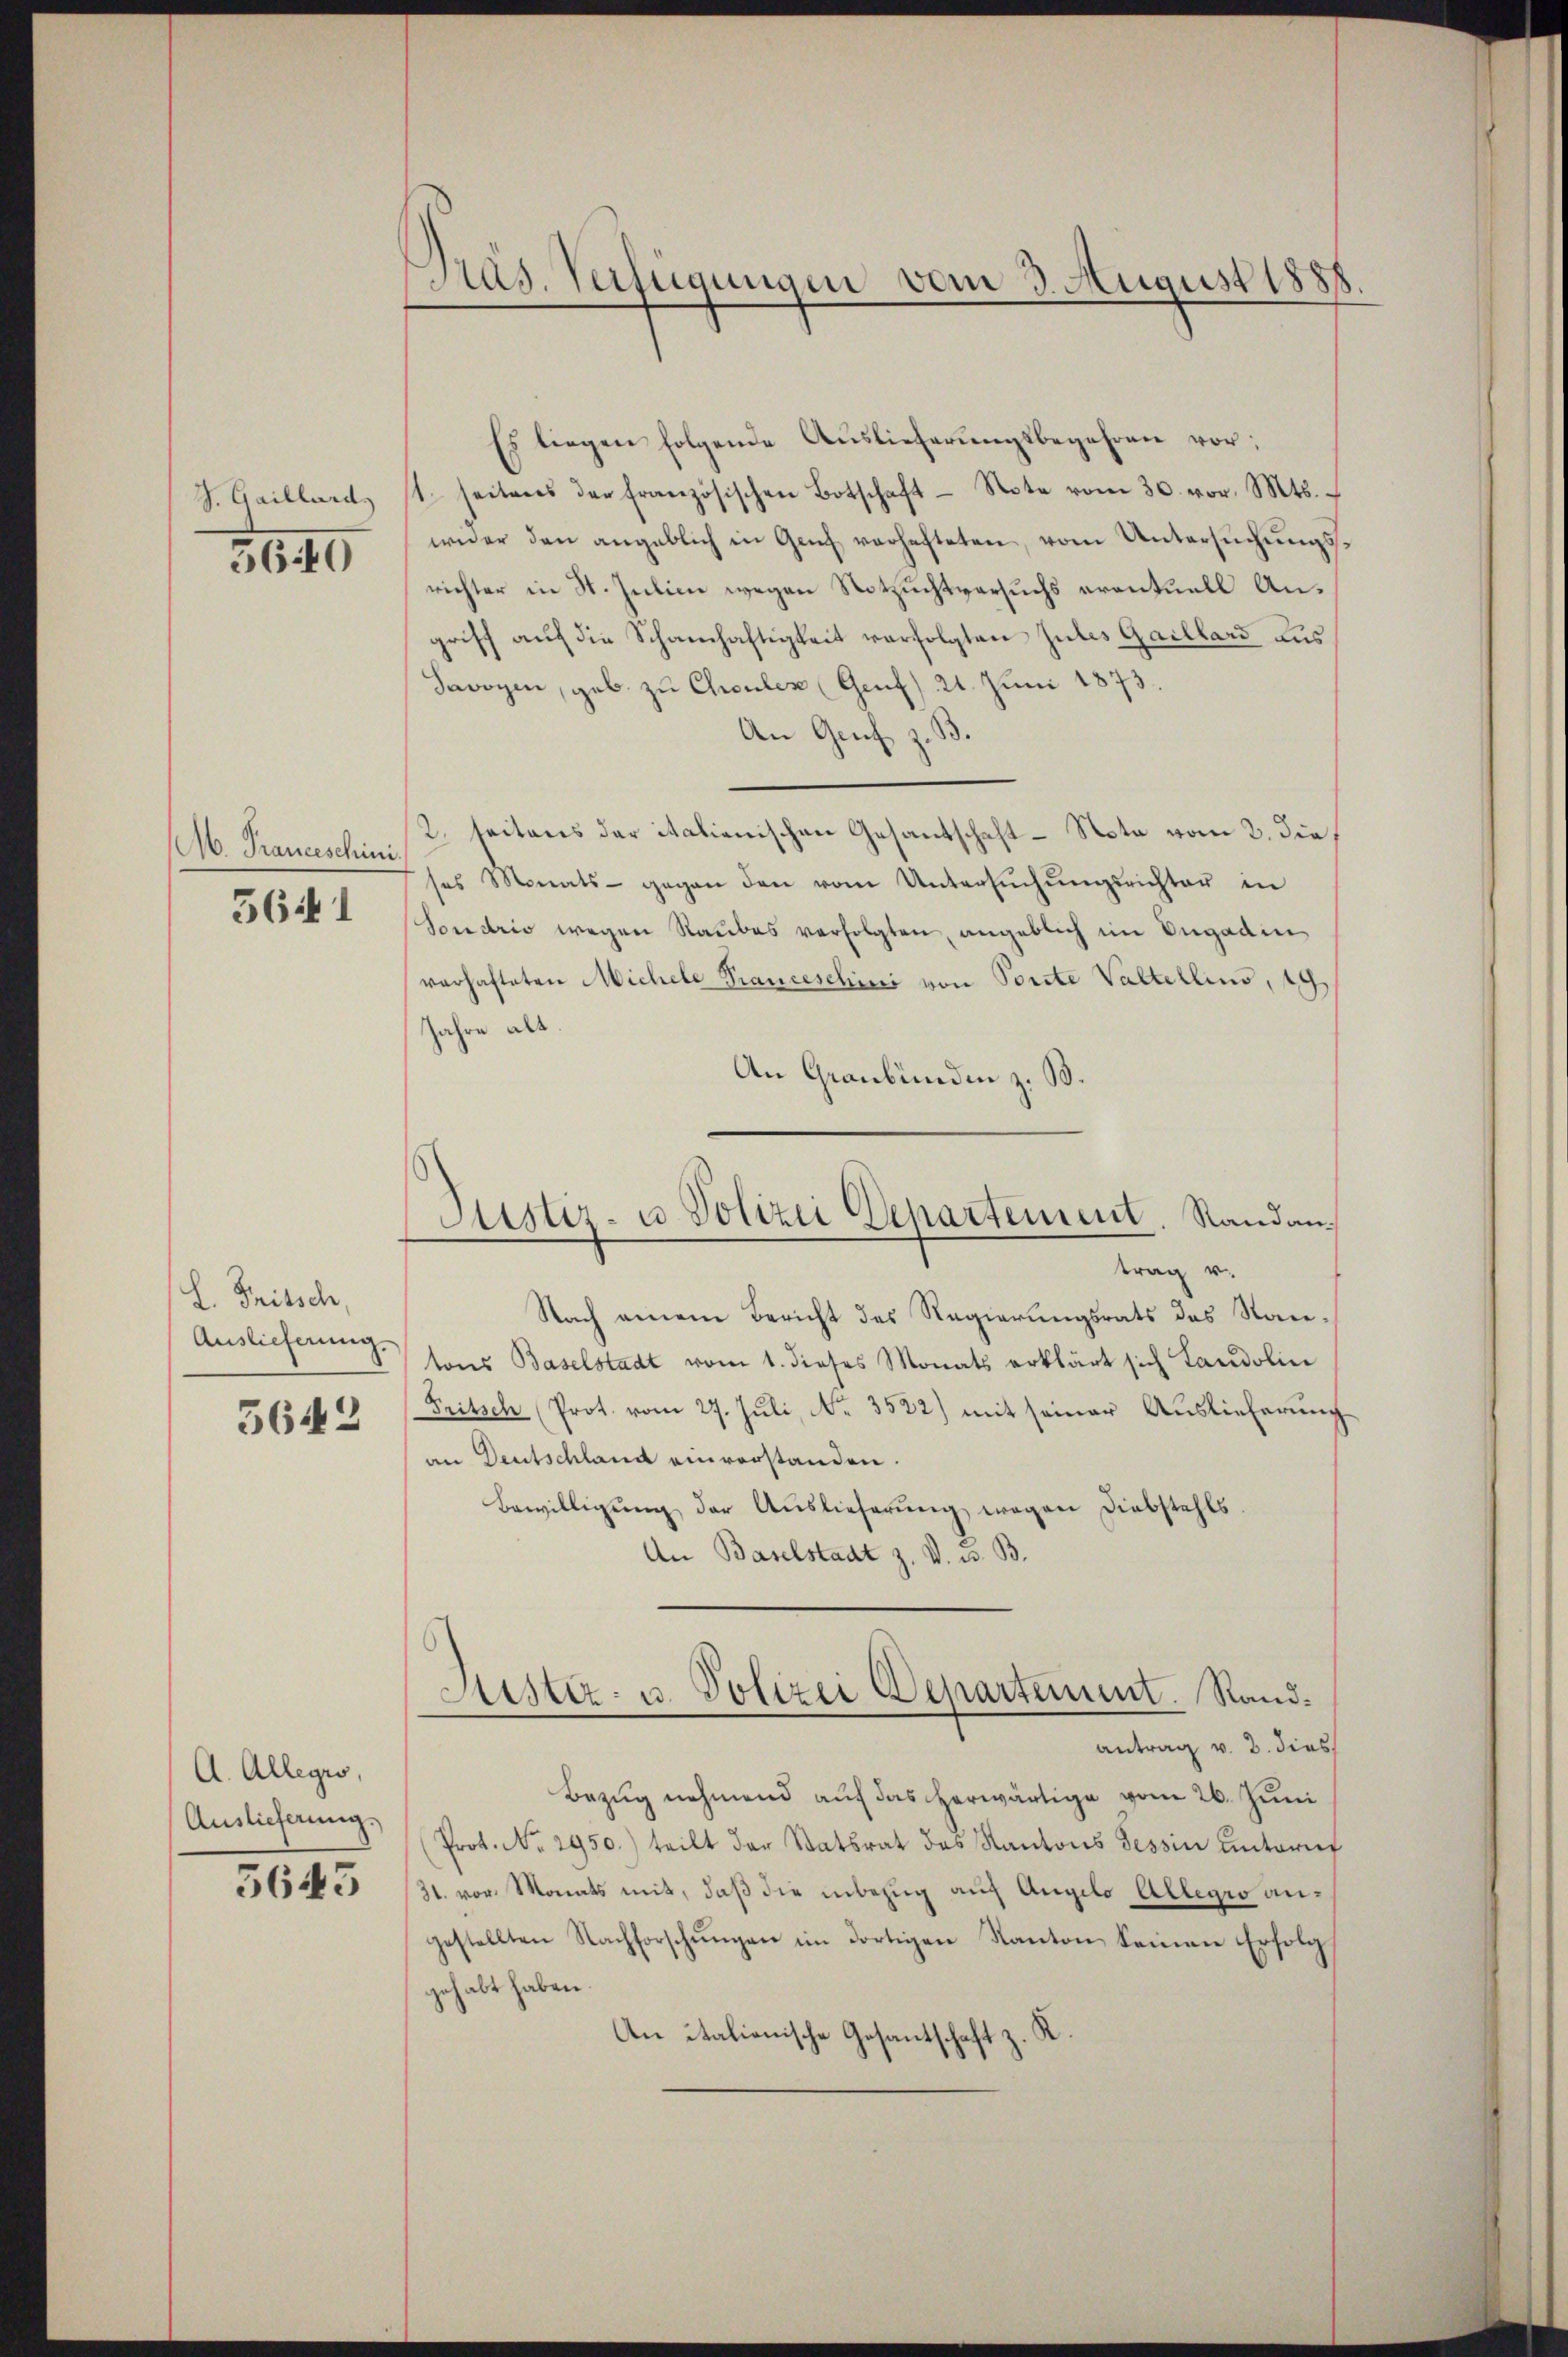
5640

M. Franceschini
5641

L. Tritsch,

5642

A. Allegio,
Auslieferung.

5645

Präs. Verfügungen vom 3. August 1888

Es liegen folgende Auslieferungsbegehren vor:
S. Gaillard, ist seitens der französischen Botschaft Note vom 30. vor. Mts.
wider den angeblich in Genf verhafteten, vom Untersuchungsrichter in St. Julien wegen Notzuchtversuchs eventuell Angriff auf die Schanhaftigkeit verfolgten Gutes Gaillars aus
Savoyen, geb. zu Cheuler (Genf) 21. Juni 1873.
An Genf z. B.
2. seitens der italienischen Gesantschaft - Note vom 2. dies
ses Monats - gegen den vom Untersuchungsrichter in
Sondrio wegen Raubes verfolgten, angeblich im Engadin
varhafteten Michele Pranceschini von Porte Valterlins, 19
Jahre alt.
An Graubünden z. B.

Justiz- u. Polizei Departement. Randan¬

trag u.
Nach einem Bericht des Regierungsrats des Rau¬
Auslieferung sons Baselstadt vom 1. dieses Monats erklärt sich Landolin
Fritsch (Prot. vom 27. Juli, No. 3522) mit seiner Auslieferung
an Deutschland einverstanden.
Bewilligŭng der Auslieferŭng wegen Diebstahls.
An Baselstadt z. V. u. B.

antrag v. 2. dies
Bezug nehmend auf das herwärtige vom 26. Juni
Prot. No. 2950.) teilt der Statsrat des Kantons Tessin untarif
31. vor. Monats mit, daß die inbezug auf Angelo Allegio angestellten Nachforschŭngen im dortigen Kanton keinen Erfolg
gehabt haben.
An italienische Gesantschaft z. K.

Aester- u. Polizei Departement. Rand¬